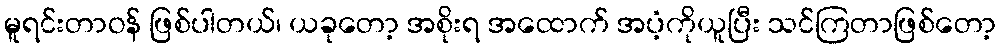
မူရင်းတာဝန် ဖြစ်ပါတယ်၊ ယခုတော့ အစိုးရ အထောက် အပံ့ကိုယူပြီး သင်ကြတာဖြစ်တော့